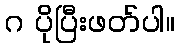
ဂ ပိုပြီးဖတ်ပါ။